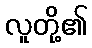
လူတို့၏